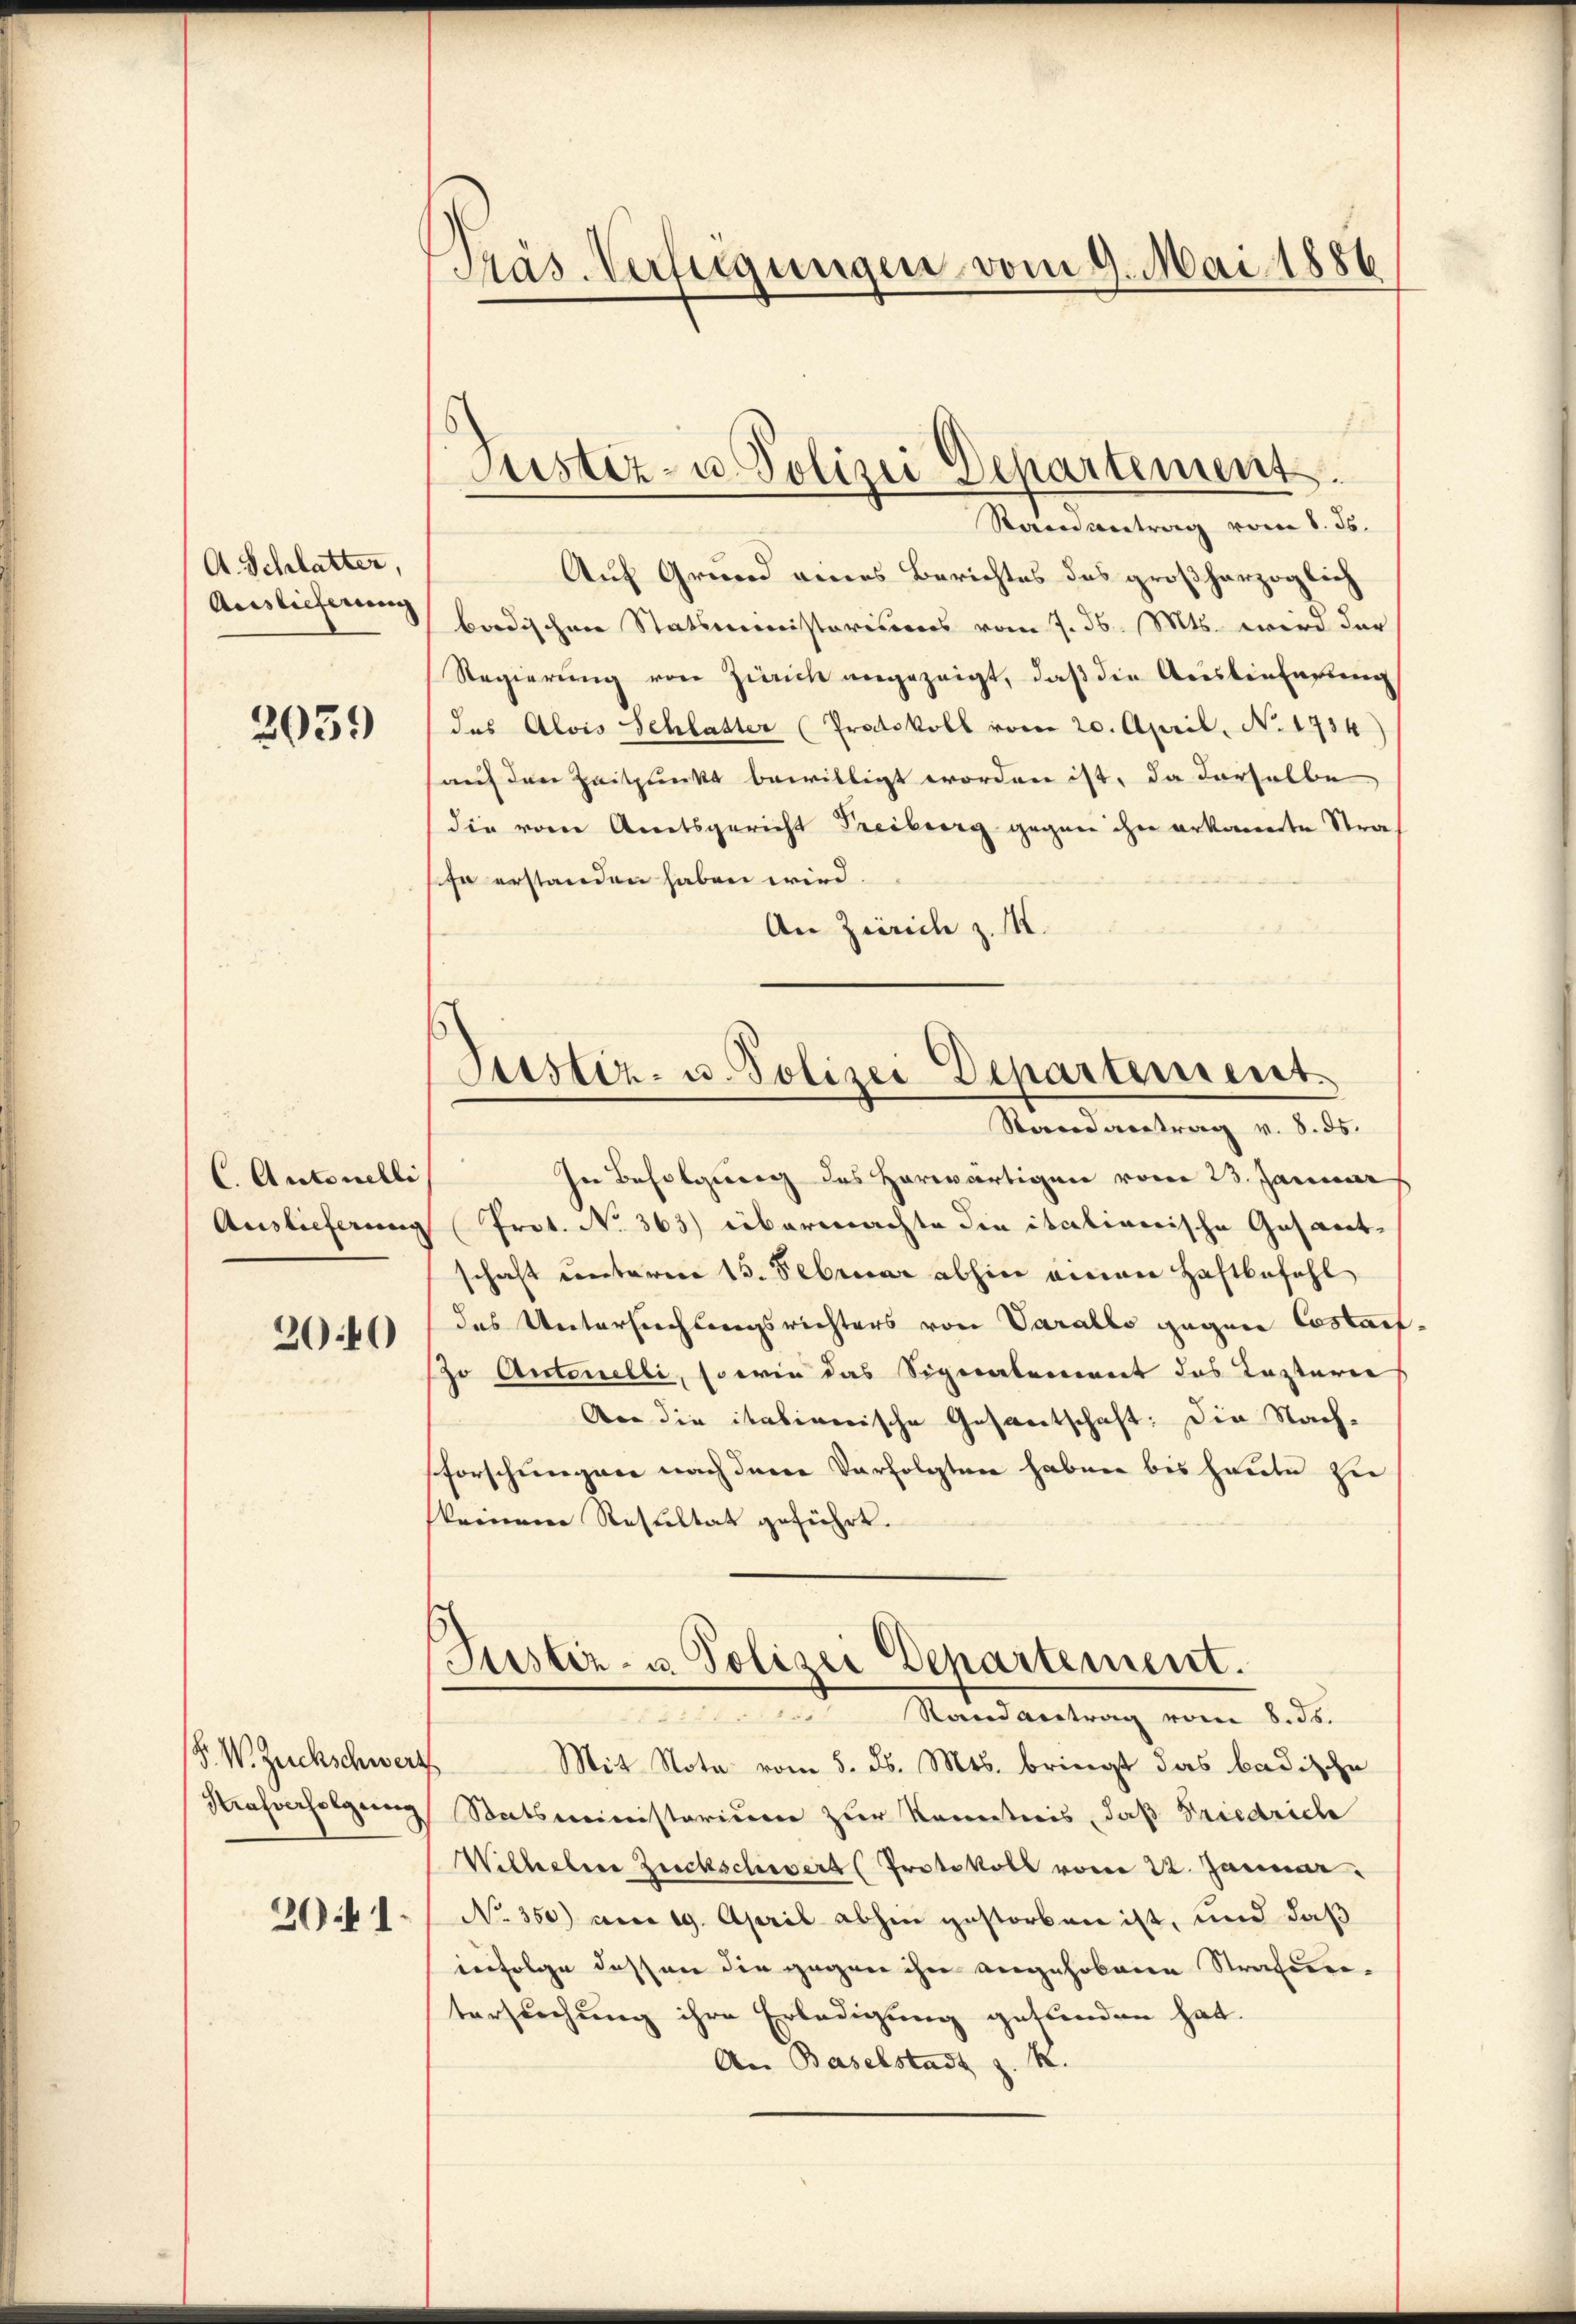
A. Schlatter,
Auslieferung

2039

C. Antonelli
Auslieferung

2040

F. W. Zuckschwer
Strafverfolgung
2041.

Pras. Verfügungen vom 9. Mai 1886

Justiz- u. Polizei Departement.
Standentrag vom 8. ds.

Stistiz- u. Polizei Departement.
Stand vertrag v. 8. ds.

f
Auf Grund eines Berichtes des großherzoglich
bordischen Statsministeriis vom 7. d. Mts. wird der
Regierŭng von Zürich angezeigt, daß die Auslieferung
das Alois Schlaster (Protokoll vom 20. April, No. 1734)
auf den Zeitpunkt bewilligt worden ist, da derselbe
die vom Amtsgericht Freiburg gegen ihn erkannte Straf
fe erstanden haben wird.
An Zürich z. M.
In Befolgung des Horwärtigen vom 23. Januar
Prot. No 363) übermachte die italinerische Gesamt-
schaft unteren 15. Februar abhin einen Haftbefahl
das Untersuchtungsrichters von Varallo gegen Costaf
o Antonelli, so wie das Signalement das Kasterie
Aer die italienische Gesantschaft: Die Nachforschungen nach derer Verfolgten haben bis heute hie
keinen Resultat geführt.
Justiz- u. Polizei Departement.
Mandantrag vom 8. ds.
Mit Nota vom 5. ds. Mts. bringt das badische
Statsministerium zur Kenntnis, daß Friedrich
Wilhebene Zuckschwert (Protokoll vom 22. Januar.
No. 350) am 19. April abhin gestorben ist, und daß
infolge das an die gegen ihre angehobene Strafurtersuchung ihre Erledigung gefunden hat.
An Baselstadt z. B.